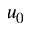
u _ { 0 }